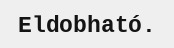
Eldobható.